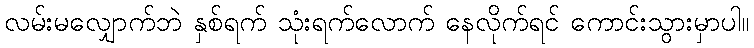
လမ်းမလျှောက်ဘဲ နှစ်ရက် သုံးရက်လောက် နေလိုက်ရင် ကောင်းသွားမှာပါ။